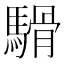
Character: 䮩